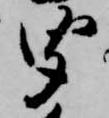
聞